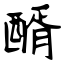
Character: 醑